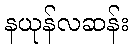
နယုန်လဆန်း